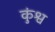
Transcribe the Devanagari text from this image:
कुंश्व